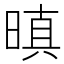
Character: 𭦬